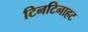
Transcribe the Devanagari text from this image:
टिनटिनाहट